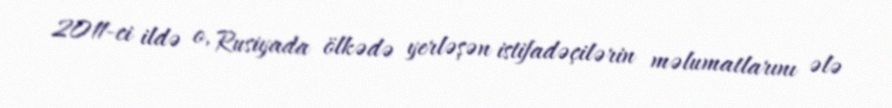
2011-ci ildə o, Rusiyada ölkədə yerləşən istifadəçilərin məlumatlarını ələ